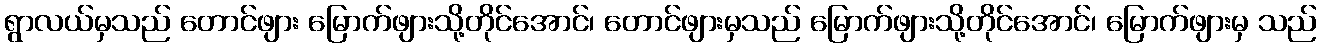
ရွာလယ်မှသည် တောင်ဖျား မြောက်ဖျားသို့တိုင်အောင်၊ တောင်ဖျားမှသည် မြောက်ဖျားသို့တိုင်အောင်၊ မြောက်ဖျားမှ သည်